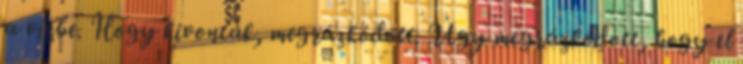
a vízbe. Hogy kivonták, megrázkódott. Úgy megrázkódott, hogy el